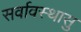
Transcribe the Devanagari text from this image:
सर्वावस्थासु